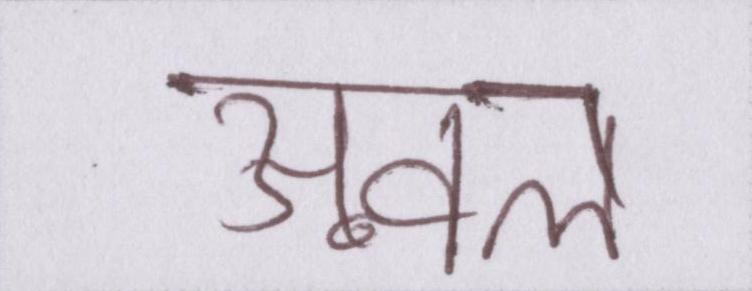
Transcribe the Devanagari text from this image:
अव्वल